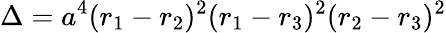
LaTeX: \Delta=a^{4}(r_{1}-r_{2})^{2}(r_{1}-r_{3})^{2}(r_{2}-r_{3})^{2}